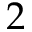
2